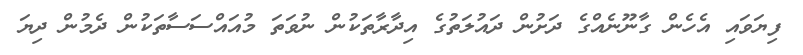
ފިޔަވައި އެހެން ގާނޫނެއްގެ ދަށުން ދައުލަތުގެ އިދާރާތަކުން ނުވަތަ މުއައްސަސާތަކުން ދެމުން ދިޔަ